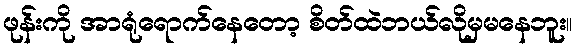
ဖုန်းကို အာရုံရောက်နေတော့ စိတ်ထဲဘယ်လိုမှမနေဘူး။